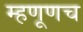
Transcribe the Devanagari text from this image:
म्हणूणच